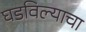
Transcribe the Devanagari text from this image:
घडविल्याचा